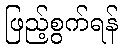
ဖြည့်စွက်ရန်